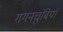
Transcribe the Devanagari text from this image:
गगनचुंबियाँ